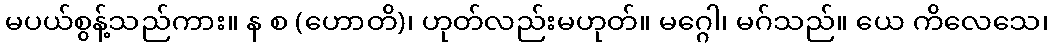
မပယ်စွန့်သည်ကား။ န စ (ဟောတိ)၊ ဟုတ်လည်းမဟုတ်။ မဂ္ဂေါ၊ မဂ်သည်။ ယေ ကိလေသေ၊